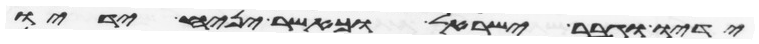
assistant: ידיו וגבר ישראל וכאשר יניח ידיו